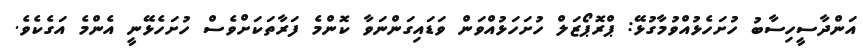
އަންދާސީހިސާބު ހުށަހެޅުއްވުމާގުޅޭ: ޕްރޮޕޯޒަލް ހުށަހަޅުއްވަން ވަޑައިގަންނަވާ ކޮންމެ ފަރާތަކަށްވެސް ހުށަހެޅޭނީ އެންމެ އަގެކެވެ.